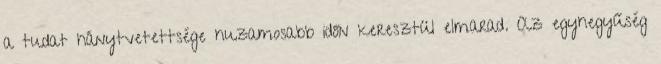
a tudat hánytvetettsége huzamosabb időn keresztül elmarad. Az egyhegyűség